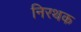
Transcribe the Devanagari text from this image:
निरथक